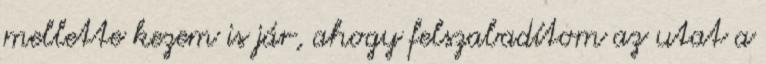
mellette kezem is jár, ahogy felszabadítom az utat a